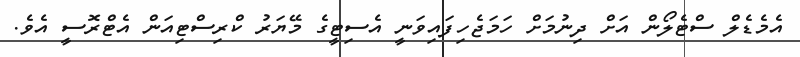
އެމެޑެލް ސްޓެލޯން އަށް ދިނުމަށް ހަމަޖެހިފައިވަނީ އެސިޓީގެ މޭޔަރު ކްރިސްޓިއަން އެޓްރޮސީ އެވެ.